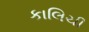
કાલિચી